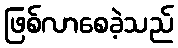
ဖြစ်လာစေခဲ့သည်